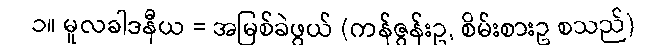
၁။ မူလခါဒနီယ = အမြစ်ခဲဖွယ် (ကန်ဇွန်းဥ, စိမ်းစားဥ စသည်)